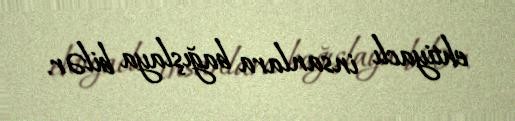
ehtiyaclı insanlara bağışlaya bilər.